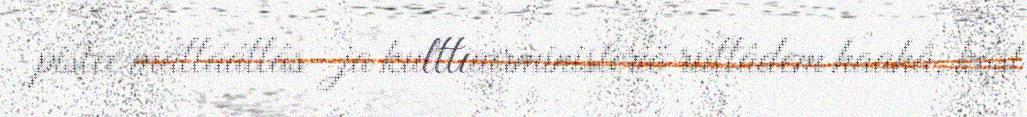
pištee máttááttâs- ja kulttuurministeriö ruttâdem haahâ, kost